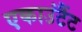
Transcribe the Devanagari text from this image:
एकाउंटैंट